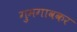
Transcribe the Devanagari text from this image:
गुमगावकर